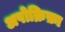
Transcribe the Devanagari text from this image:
अपोक्रिफ़ा